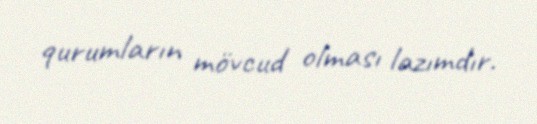
qurumların mövcud olması lazımdır.